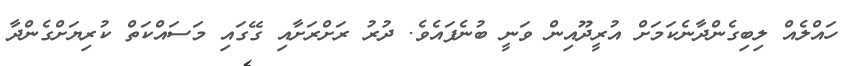
ހައްލެއް ލިބިގެންދާނެކަމަށް އުރީދޫއިން ވަނީ ބުނެފައެވެ. ދުރު ރަށްރަށާއި ގޭގައި މަސައްކަތް ކުރިޔަށްގެންދާ